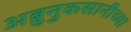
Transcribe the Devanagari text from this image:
अब्रुनुकसानीच्या